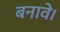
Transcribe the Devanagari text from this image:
बनावे।